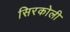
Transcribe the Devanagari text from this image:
सिरकोली